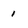
Character: 1